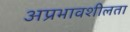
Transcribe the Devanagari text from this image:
अप्रभावशीलता